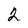
Character: 2